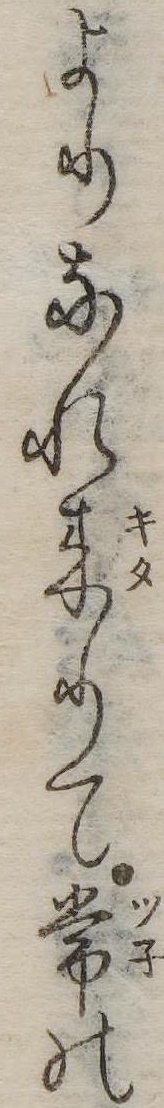
よりなれ来りて常の